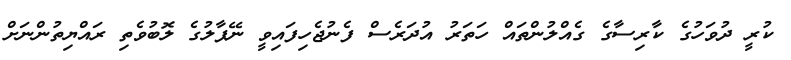
ކުރީ ދުވަހުގެ ކާރިސާގެ ގެއްލުންތައް ހަތަރު އުދަރެސް ފެނުޖެހިފައިވީ ނޭޕާލުގެ ލޮބުވެތި ރައްޔިތުންނަށް